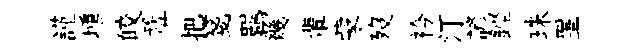
謹壎皎鞏把箋羈幾輩蒙歿衿汀諺鏗珠罣